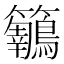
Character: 𪈅